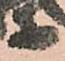
等